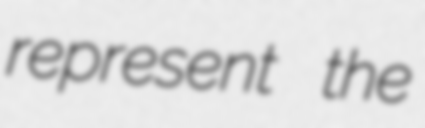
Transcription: represent the